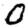
Digit: 0